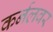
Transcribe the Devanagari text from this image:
कर्नलवर